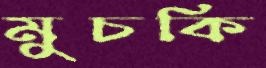
মুচকি